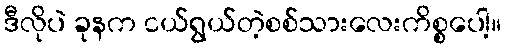
ဒီလိုပဲ ခုနက ငယ်ရွယ်တဲ့စစ်သားလေးကိစ္စပေါ့။